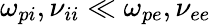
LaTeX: \omega_{pi},{\nu_{ii}}\ll\omega_{pe},{\nu_{ee}}